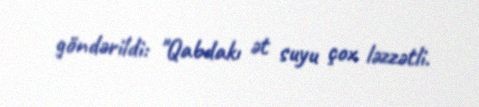
göndərildi: "Qabdakı ət suyu çox ləzzətli.